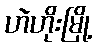
ဟဲဟိုးမြို့